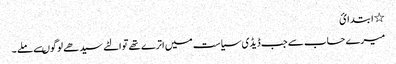
٭ ا بتد ا ئ
میرے حساب سے جب ڈیڈی سیاست میں اترے تھے توالٹے سیدھے لوگوںسے ملے ۔